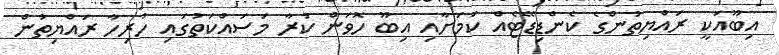
އިބޫއަކީ ރައްޔިތުންގެ ކެންޑިޑޭޓެއް ކަމަށާއި އިބޫ ހޮވަން ކުރާ މަސައްކަތުގައި ހުރިހާ ރައްޔިތުން